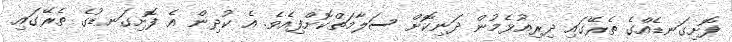
ފޮށިގަނޑެއްގެ ތެރޭގައި ދިރިއުޅެމުން ދަނިކޮށް ސަލާމަތްކޮށްފިއެވެ. އެ ކުދިން އެ ފޮށިގަނޑުގެ ތެރޭގައި